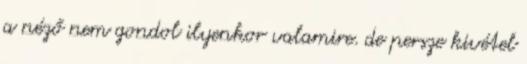
a néző nem gondol ilyenkor valamire. de persze kivétel